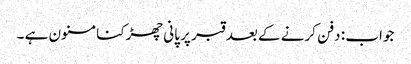
جواب : دفن کرنے کے بعد قبر پر پانی چھڑکنا مسنون ہے ۔